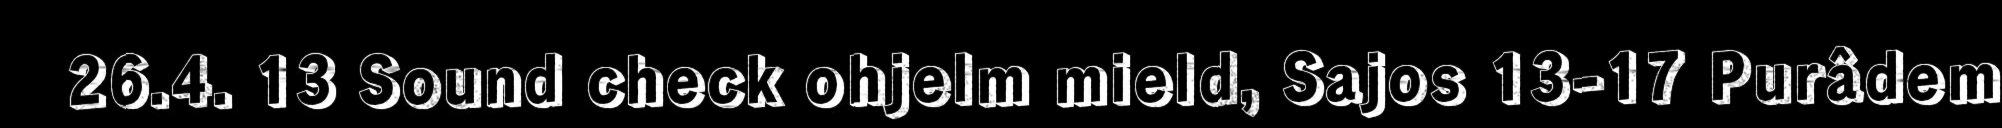
26.4. 13 Sound check ohjelm mield, Sajos 13-17 Purâdem